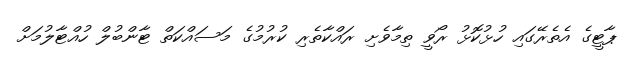
ޕާޓީގެ އެތެރޭގައި ހުޅުކޮޅު ރޯވީ ތިމާވެށި ރައްކާތެރި ކުރުމުގެ މަސައްކަތް ޓާންބުލް ހުއްޓާލުމަށް